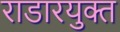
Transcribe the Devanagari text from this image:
राडारयुक्त